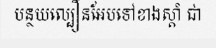
បន្ថយល្បឿនអែបទៅខាងស្តាំ ជា